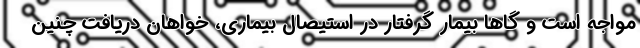
مواجه است و گاها بیمار گرفتار در استیصال بیماری، خواهان دریافت چنین